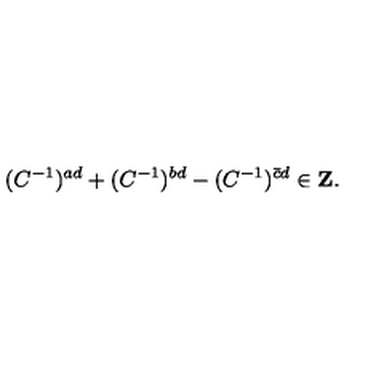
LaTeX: ( C ^ { - 1 } ) ^ { a d } + ( C ^ { - 1 } ) ^ { b d } - ( C ^ { - 1 } ) ^ { \bar { c } d } \in { \bf Z } .